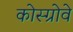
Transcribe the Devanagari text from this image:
कोस्ग्रोवे